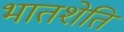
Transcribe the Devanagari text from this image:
भातशेति